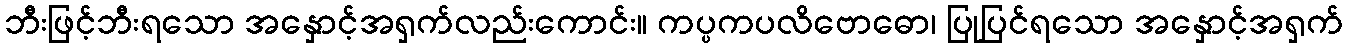
ဘီးဖြင့်ဘီးရသော အနှောင့်အရှက်လည်းကောင်း။ ကပ္ပကပလိဗောဓော၊ ပြုပြင်ရသော အနှောင့်အရှက်